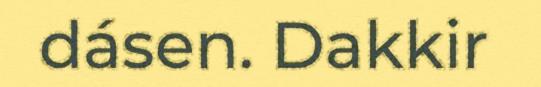
dásen. Dakkir